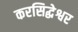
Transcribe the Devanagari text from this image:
करसिद्धेश्वर